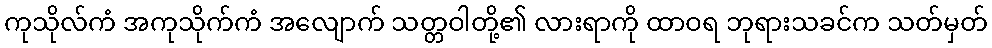
ကုသိုလ်ကံ အကုသိုက်ကံ အလျောက် သတ္တဝါတို့၏ လားရာကို ထာဝရ ဘုရားသခင်က သတ်မှတ်